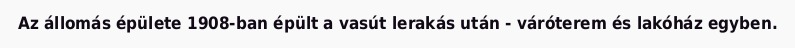
Az állomás épülete 1908-ban épült a vasút lerakás után - váróterem és lakóház egyben.